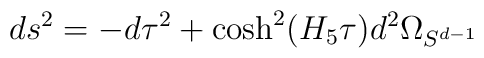
ds^2 =-d\tau^2+\cosh^2 (H_5\tau) d^2\Omega_{S^{d-1}}